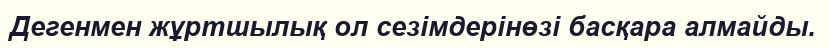
Дегенмен жұртшылық ол сезімдерінөзі басқара алмайды.